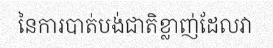
នៃការបាត់បង់ជាតិខ្លាញ់ដែលវា